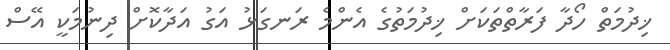
ޚިދުމަތް ހޯދާ ފަރާތްތަކަށް ޚިދުމަތުގެ އެންމެ ރަނގަޅު އަގު އަދާކޮށް ދިނުމަކީ އޭސް